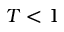
T < 1